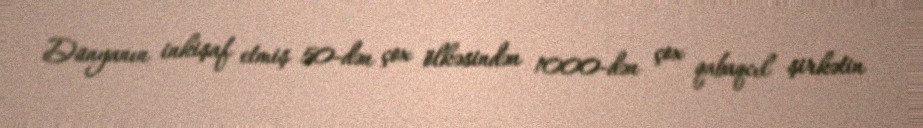
Dünyanın inkişaf etmiş 50-dən çox ölkəsindən 1000-dən çox qabaqcıl şirkətin